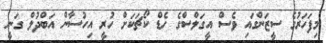
މިފަހަރުގެ ސީޒަންގައި ވެސް އީގަލްސްގެ ހެޑް ކޯޗަކަށް ހުރީ އިހުސާން އަބްދުލް ގަނީ